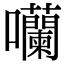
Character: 囒